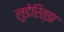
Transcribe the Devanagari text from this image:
लुडेरित्झ